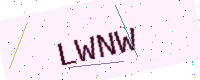
Text: LWNW